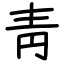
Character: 靑